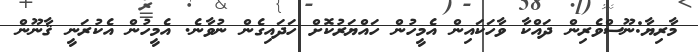
މާރިޔާ:ނޫސްވެރިން ދައްކާ ވާހަކައިން އެމީހުން ހައްޔަރުކޮށް ހަދައިގެން ނުވާނެ. އެމީހުން އެކުރަނީ ޤާނޫން